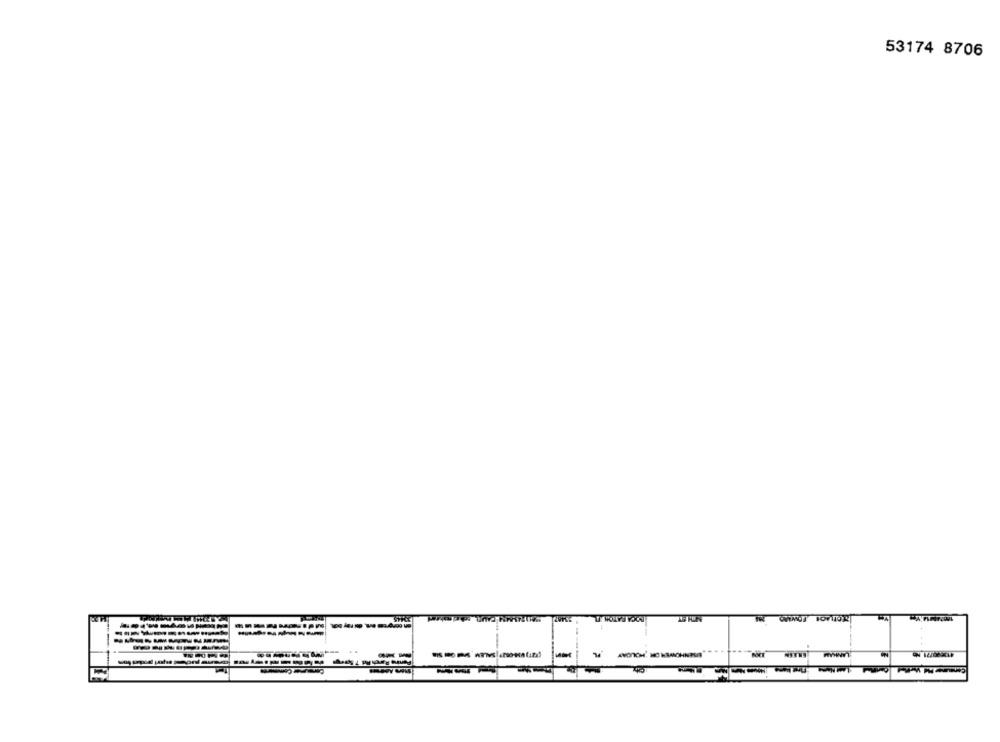
53174 8706
WIN
FL
--
-----